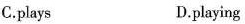
C.plays D.playing